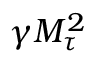
\gamma M _ { \tau } ^ { 2 }